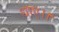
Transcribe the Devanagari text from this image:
धाए।।